Civil Veterinary Dept. Bombay admin report 1900-1906 - 1900-1906
Year: 1900
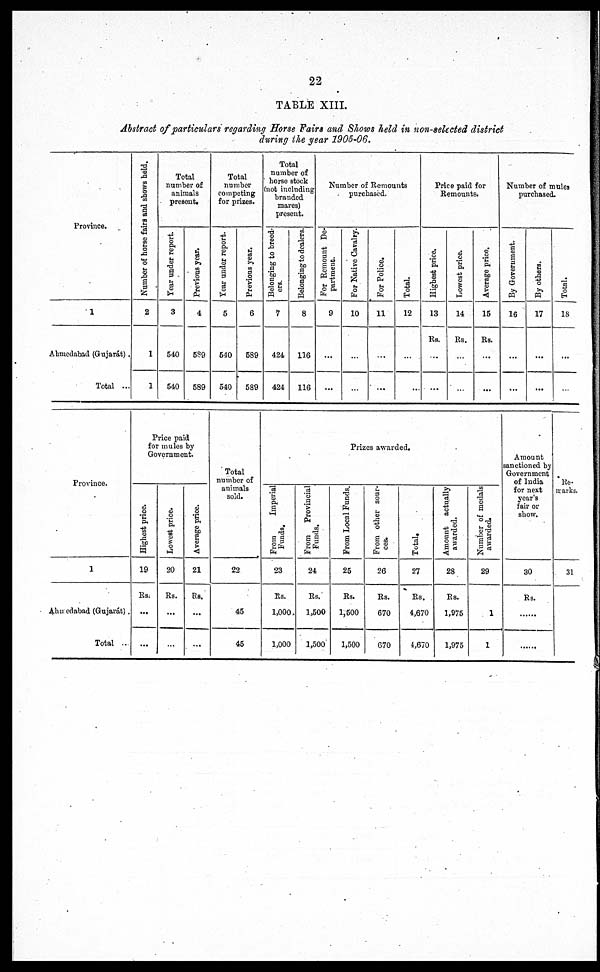
22
TABLE XIII.
Abstract of particulars regarding Horse Fairs and Shows held in non-selected district
during the year 1905-06.
Province.
1
Ahmedabad (Gujarát) .
Total ...
Number of horse fairs and shows hold.
2
1
1
Total
number of
animals
present.
Year under report.
3
540
540
Previous year.
4
589
589
Total
number
competing
for prizes.
Year under report.
5
540
540
Previous year.
6
589
589
Total
number of
horse stock
(not including
branded
mares)
present.
Belonging to breed-
ers.
7
424
424
Belonging to dealers.
8
116
116
Number of Remounts
purchased.
For Remount De-
partment.
9
...
...
For Native Cavalry.
10
...
...
For Police.
11
...
...
Total.
12
...
...
Price paid for
Remounts.
Highest price.
13
Rs.
...
...
Lowest price.
14
Rs.
...
...
Average price.
15
Rs.
...
...
Number of mules
purchased.
By Government.
16
...
...
By others.
17
...
...
Total.
18
...
...
Province.
1
Ahmedabad (Gujarát) .
Total ...
Price paid
for mules by
Government.
Hi ghes t price.
19
Rs.
...
...
Lowe s t price.
20
Rs.
...
...
Ave r
a ge price.
21
Rs.
...
...
Total
number of
animals
sold.
22
45
45
Prizes awarded.
From
Imperial
Funds.
23
Rs.
1,000,
1,000
From Provincial
Funds.
24
Rs.
1,500
1,500
From Local Funds,
25
Rs.
1,500
1,500
From other sour-
ces.
26
Rs.
670
670
Total.
27
Rs.
4,670
4,670
Amount actually
awarded.
28
Rs.
1,975
1,975
Number of medals
awarded.
29
1
1
Amount
sanctioned by
Government
of India
for next
year's
fair or
show.
30
Rs.
...
...
Re-
marks.
31